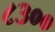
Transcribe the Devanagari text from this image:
८३००